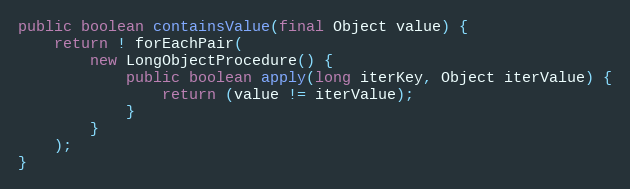
Language: Java
public boolean containsValue(final Object value) {
	return ! forEachPair(
		new LongObjectProcedure() {
			public boolean apply(long iterKey, Object iterValue) {
				return (value != iterValue);
			}
		}
	);
}